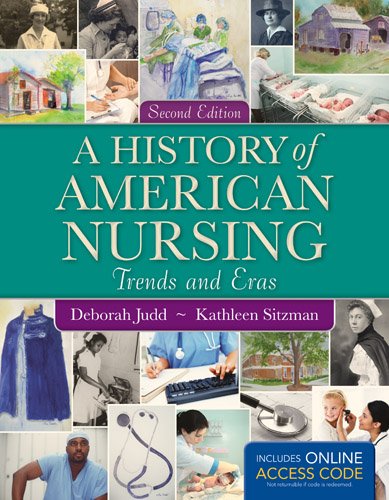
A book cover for A History of American Nursing; Deborah Judd; Medical Books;